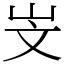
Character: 㞵